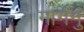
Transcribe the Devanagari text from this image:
मार्गनुं